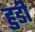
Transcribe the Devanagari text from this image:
हुडी